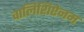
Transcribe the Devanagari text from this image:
वालिशिऐनम